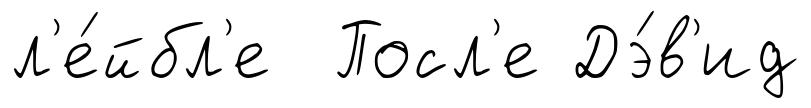
л'е́йбл'е Посл'е Дэ́в'ид